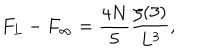
LaTeX: F _ { L } - F _ { \infty } = { \frac { 4 N } { 5 } } { \frac { \zeta ( 3 ) } { L ^ { 3 } } } ,